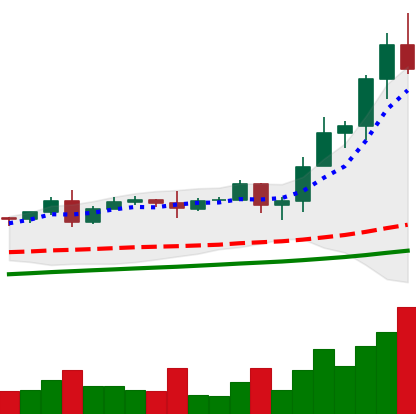
Ticker: TRX-USD
Chart end date: 2020-08-18
Forward return: -15.061%
Label: down_7plus